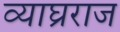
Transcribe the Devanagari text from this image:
व्याघ्रराज